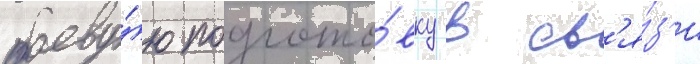
боеву́ю подгото́вку в св'я́з'и